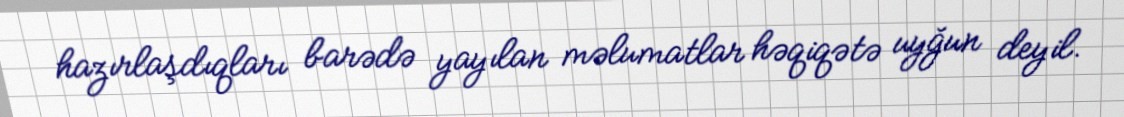
hazırlaşdıqları barədə yayılan məlumatlar həqiqətə uyğun deyil.